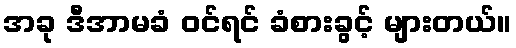
အခု ဒီအာမခံ ဝင်ရင် ခံစားခွင့် များတယ်။